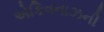
એકિવનાઝની